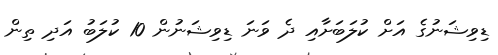
ޑިވިޝަނުގެ އަށް ކުލަބަށާއި ދެ ވަނަ ޑިވިޝަނުން 10 ކުލަބު އަދި ތިން